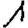
Digit: 1